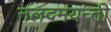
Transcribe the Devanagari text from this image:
नलदमयन्ती